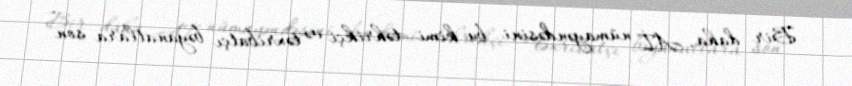
Bir daha, Aİ nümayəndəsini bu kimi təhrikçi və təxribatçı bəyanatlara son